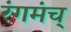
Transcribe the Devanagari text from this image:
रंगमंच्